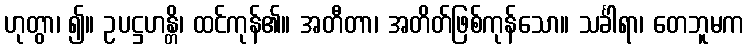
ဟုတွာ၊ ၍။ ဥပဋ္ဌဟန္တိ၊ ထင်ကုန်၏။ အတီတာ၊ အတိတ်ဖြစ်ကုန်သော။ သင်္ခါရာ၊ တေဘူမက